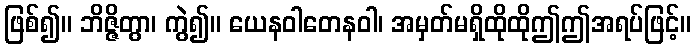
ဖြစ်၍။ ဘိဇ္ဇိတွာ၊ ကွဲ၍။ ယေနဝါတေနဝါ၊ အမှတ်မရှိထိုထိုဤဤအရပ်ဖြင့်။